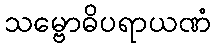
သမ္ဗောဓိပရာယဏံ